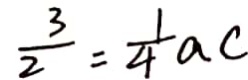
\frac { 3 } { 2 } = \frac { 1 } { 4 } a c